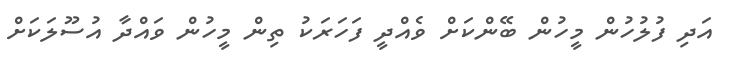
އަދި ފުލުހުން މީހުން ބޭންކަށް ވެއްދީ ފަހަރަކު ތިން މީހުން ވައްދާ އުސޫލަކަށް